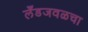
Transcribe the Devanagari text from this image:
लँडजवळचा